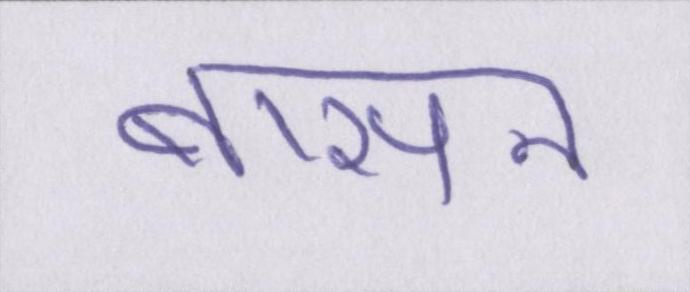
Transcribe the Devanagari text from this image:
बासन